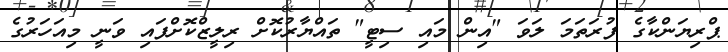
ޕްރިޔަންކާގެ ފުރަތަމަ ލަވަ "އިން މައި ސިޓީ" ތައްޔާރުކޮށް ރިލީޒްކޮށްފައި ވަނީ މިއަހަރުގެ